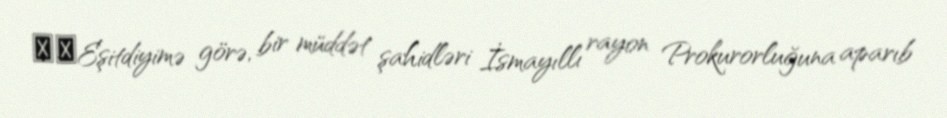
​​Eşitdiyimə görə, bir müddət şahidləri İsmayıllı rayon Prokurorluğuna aparıb